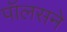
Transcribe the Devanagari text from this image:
पॉलसने